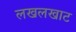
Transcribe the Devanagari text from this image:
लखलखाट